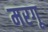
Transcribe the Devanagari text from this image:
मरगू